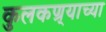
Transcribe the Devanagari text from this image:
कुलकण्र्याच्या